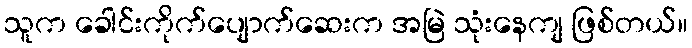
သူက ခေါင်းကိုက်ပျောက်ဆေးက အမြဲ သုံးနေကျ ဖြစ်တယ်။